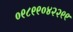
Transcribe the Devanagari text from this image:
०९८९९०४२२९९